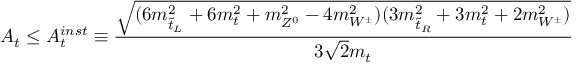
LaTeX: A _ { t } \le A _ { t } ^ { i n s t } \equiv \frac { \sqrt { ( 6 m _ { \tilde { t } _ { L } } ^ { 2 } + 6 m _ { t } ^ { 2 } + m _ { Z ^ { 0 } } ^ { 2 } - 4 m _ { W ^ { \pm } } ^ { 2 } ) ( 3 m _ { \tilde { t } _ { R } } ^ { 2 } + 3 m _ { t } ^ { 2 } + 2 m _ { W ^ { \pm } } ^ { 2 } ) } } { 3 \sqrt { 2 } m _ { t } }